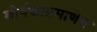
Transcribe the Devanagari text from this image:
शीर्षकाप्रमाणेच